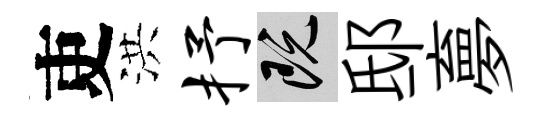
吏洪抒既邸夣